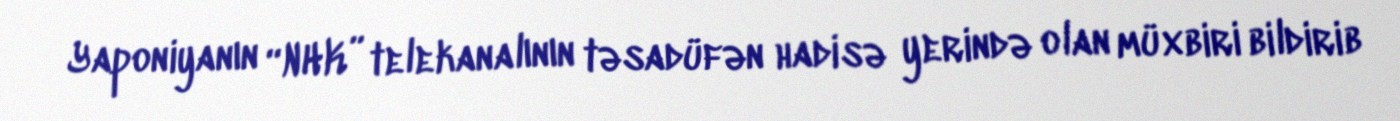
Yaponiyanın “NHK” telekanalının təsadüfən hadisə yerində olan müxbiri bildirib